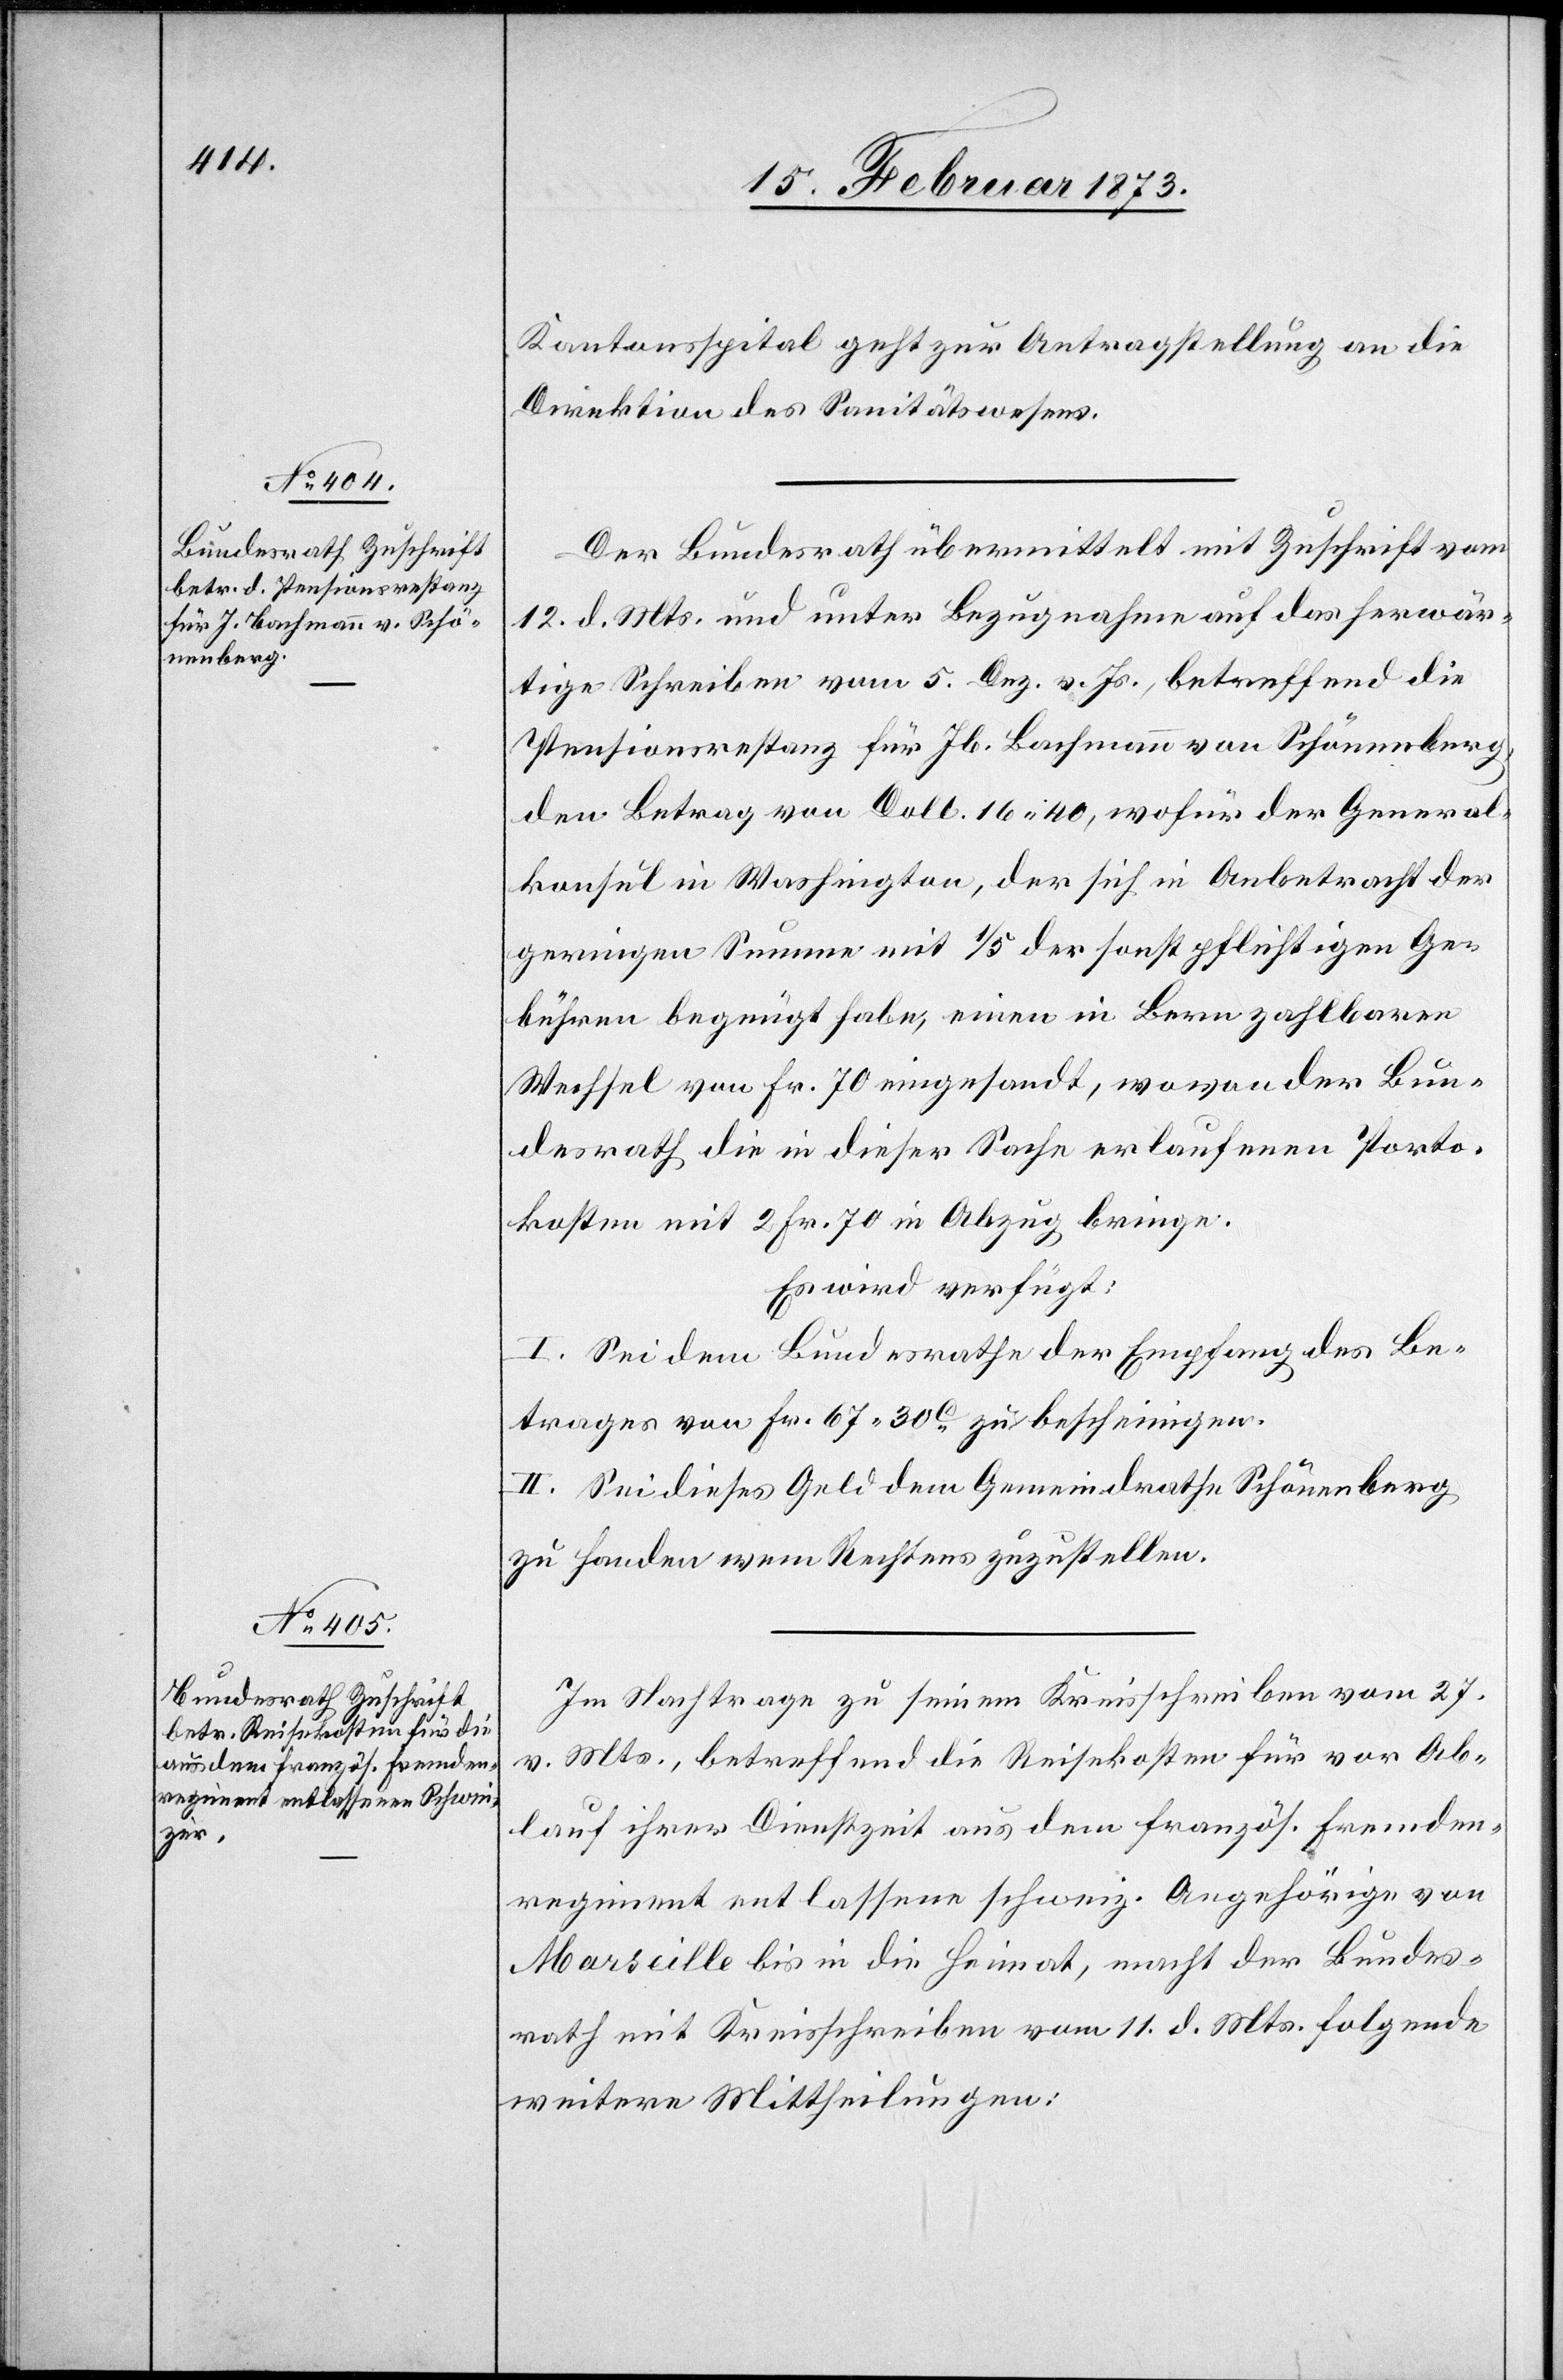
15. Februar 1873.]
Kantonsspital geht zur Antragstellung an die
Direktion des Sanitätswesens.
Der Bundesrath übermittelt mit Zuschrift vom
12. d. Mts. und unter Bezugnahme auf das herwär¬
tige Schreiben vom 5. Dez. v. Js., betreffend die
Pensionsrestanz für Jb. Bachmann von Schönenberg,
den Betrag von Doll. 16.40, wofür der General¬
konsul in Washington, der sich in Anbetracht der
geringen Summe mit 1/5 der sonst pflichtigen Ge¬
bühren begnügt habe, einen in Bern zahlbaren
Wechsel von Fr. 70 eingesandt, wovon der Bun¬
desrath die in dieser Sache erlaufenen Porto¬
kosten mit 2 Fr. 70 in Abzug bringe.
Es wird verfügt:
I. Sei dem Bundesrathe der Empfang des Be¬
trages von Fr. 67.30C zu bescheinigen.
II Sei dieses Geld dem Gemeindrathe Schönenberg
zu Handen wem Rechtens zuzustellen.
Im Nachtrage zu seinem Kreisschreiben vom 27.
v. Mts., betreffend die Reisekosten für vor Ab¬
lauf ihrer Dienstzeit aus dem französ. Fremden¬
regiment entlassene schweiz. Angehörige von
Marseille bis in die Heimat, macht der Bundes¬
rath mit Kreisschreiben vom 11. d. Mts. folgende
weitere Mittheilungen: